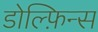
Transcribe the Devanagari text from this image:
डोल्फ़िन्स